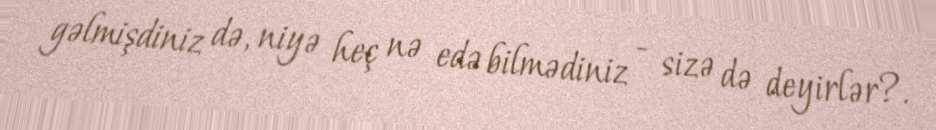
gəlmişdiniz də, niyə heç nə edə bilmədiniz - sizə də deyirlər?.